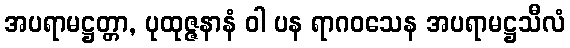
အပရာမဋ္ဌတ္တာ, ပုထုဇ္ဇနာနံ ဝါ ပန ရာဂဝသေန အပရာမဋ္ဌသီလံ